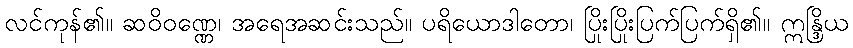
လင်ကုန်၏။ ဆဝိဝဏ္ဏေ၊ အရေအဆင်းသည်။ ပရိယောဒါတော၊ ပြိုးပြိုးပြက်ပြက်ရှိ၏။ ဣန္ဒြိယ